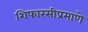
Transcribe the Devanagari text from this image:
शिफारसीप्रमाणे